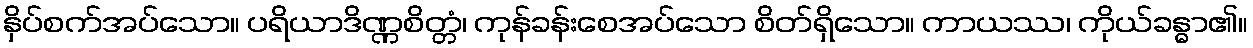
နှိပ်စက်အပ်သော။ ပရိယာဒိဏ္ဏစိတ္တံ၊ ကုန်ခန်းစေအပ်သော စိတ်ရှိသော။ ကာယဿ၊ ကိုယ်ခန္ဓာ၏။